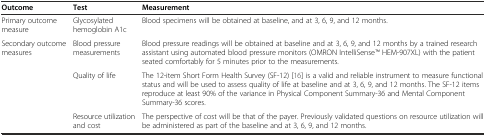
<table><thead><tr><td><b>Outcome</b></td><td><b>Test</b></td><td><b>Measurement</b></td></tr></thead><tbody><tr><td>Primary outcome measure</td><td>Glycosylated hemoglobin A1c</td><td>Blood specimens will be obtained at baseline, and at 3, 6, 9, and 12 months.</td></tr><tr><td>Secondary outcome measures</td><td>Blood pressure measurements</td><td>Blood pressure readings will be obtained at baseline and at 3, 6, 9, and 12 months by a trained research assistant using automated blood pressure monitors (OMRON IntelliSenseTM HEM-907XL) with the patient seated comfortably for 5 minutes prior to the measurements.</td></tr><tr><td></td><td>Quality of life</td><td>The 12-item Short Form Health Survey (SF-12) [16] is a valid and reliable instrument to measure functional status and will be used to assess quality of life at baseline and at 3, 6, 9, and 12 months. The SF-12 items reproduce at least 90% of the variance in Physical Component Summary-36 and Mental Component Summary-36 scores.</td></tr><tr><td></td><td>Resource utilization and cost</td><td>The perspective of cost will be that of the payer. Previously validated questions on resource utilization will be administered as part of the baseline and at 3, 6, 9, and 12 months.</td></tr></tbody></table>